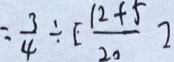
= \frac { 3 } { 4 } \div [ \frac { 1 2 + 5 } { 2 0 } ]